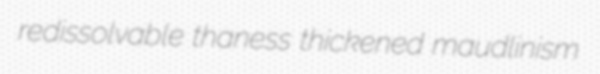
redissolvable thaness thickened maudlinism